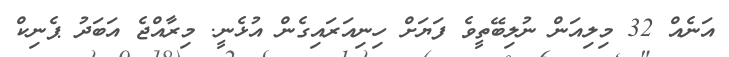
އަނެއް 32 މިލިއަން ނުލިބޭތީވެ ފަޔަށް ހިނިއަރައިގެން އުޅެނީ. މިރާއްޖެ އަބަދު ޕެނިކް